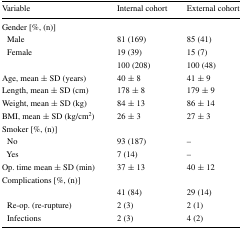
<table><thead><tr><td><b>Variable</b></td><td><b>Internal cohort</b></td><td><b>External cohort</b></td></tr></thead><tbody><tr><td colspan="3">Gender [%, (n)]</td></tr><tr><td> Male</td><td>81 (169)</td><td>85 (41)</td></tr><tr><td> Female</td><td>19 (39)</td><td>15 (7)</td></tr><tr><td>[EMPTY_CELL]</td><td>100 (208)</td><td>100 (48)</td></tr><tr><td>Age, mean ± SD (years)</td><td>40 ± 8</td><td>41 ± 9</td></tr><tr><td>Length, mean ± SD (cm)</td><td>178 ± 8</td><td>179 ± 9</td></tr><tr><td>Weight, mean ± SD (kg)</td><td>84 ± 13</td><td>86 ± 14</td></tr><tr><td>BMI, mean ± SD (kg/cm<sup>2</sup>)</td><td>26 ± 3</td><td>27 ± 3</td></tr><tr><td colspan="3">Smoker [%, (n)]</td></tr><tr><td> No</td><td>93 (187)</td><td>–</td></tr><tr><td> Yes</td><td>7 (14)</td><td>–</td></tr><tr><td>Op. time mean ± SD (min)</td><td>37 ± 13</td><td>40 ± 12</td></tr><tr><td colspan="3">Complications [%, (n)]</td></tr><tr><td>[EMPTY_CELL]</td><td>41 (84)</td><td>29 (14)</td></tr><tr><td> Re-op. (re-rupture)</td><td>2 (3)</td><td>2 (1)</td></tr><tr><td> Infections</td><td>2 (3)</td><td>4 (2)</td></tr></tbody></table>